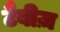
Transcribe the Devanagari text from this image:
टैबीज़